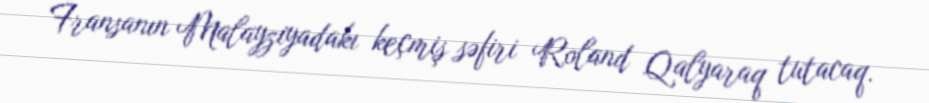
Fransanın Malayziyadakı keçmiş səfiri Roland Qalyaraq tutacaq.